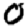
Digit: 0